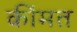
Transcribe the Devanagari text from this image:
कींमत